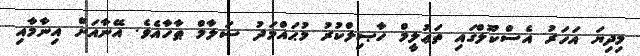
މިދިޔަ އަހަރު އެސްކޫލްގައި ތަޢުލީމް ހާޞިލްކުރު މުޙައްމަދު ސަލާމް ޠާހާއެވެ. އޭނާއަށް އިނާމާއި